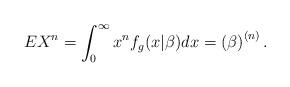
LaTeX: \begin{align*}EX^{n}=\int_{0}^{\infty }x^{n}f_{g}(x|\beta )dx=\left( \beta \right)^{\left( n\right) }. \end{align*}